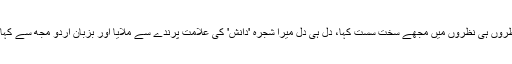
انہوں نے اس مسخرے پن پر نظروں ہی نظروں میں مجھے سخت سست کہا، دل ہی دل میرا شجرہ 'دانش' کی علامت پرندے سے ملایا اور بزبان اردو مجھ سے کہاکہ حالات بڑے خراب ہیں بھیّا۔